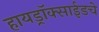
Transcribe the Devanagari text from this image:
हायड्राॅक्साईडचे